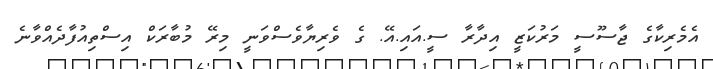
އެމެރިކާގެ ޖާސޫސީ މަރުކަޒީ އިދާރާ ސީ.އައި.އޭ. ގެ ވެރިޔާވެސްވަނީ މިރޭ މުބާރަކް އިސްތިއުފާދެއްވާނެ